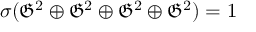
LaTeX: \sigma ( { \mathfrak { G } } ^ { 2 } \oplus { \mathfrak { G } } ^ { 2 } \oplus { \mathfrak { G } } ^ { 2 } \oplus { \mathfrak { G } } ^ { 2 } ) = 1